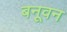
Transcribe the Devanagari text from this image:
बनूवन